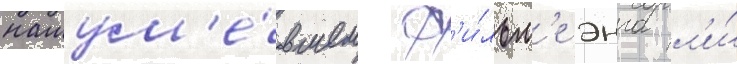
нашум'е́вшем ф'и́льм'е энга л'и́